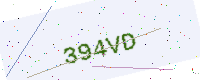
Text: 394VD